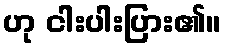
ဟု ငါးပါးပြား၏။